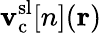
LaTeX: \mathbf{v}_{\mathrm{{c}}}^{\mathrm{{sl}}}[n](\mathbf{{r}})